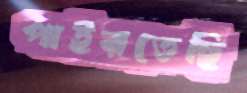
পাইরতেছি